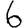
Digit: 6